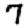
Digit: 7